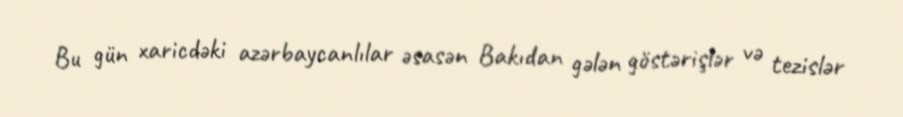
Bu gün xaricdəki azərbaycanlılar əsasən Bakıdan gələn göstərişlər və tezislər